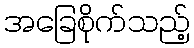
အခြေစိုက်သည့်